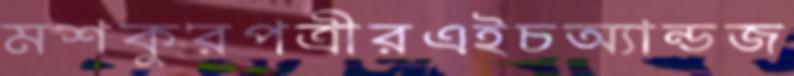
মশকুরপত্রীরএইচঅ্যান্ডজ